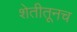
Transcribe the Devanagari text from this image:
शेतीतूनच